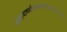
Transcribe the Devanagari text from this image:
प्राणायामशतैरनेककरणैर्दुःखात्मकैर्दुजर्यैः